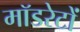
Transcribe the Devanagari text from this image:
मॉडरेटों